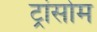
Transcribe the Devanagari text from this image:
ट्रांसोम